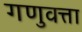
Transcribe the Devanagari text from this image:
गणुवत्ता